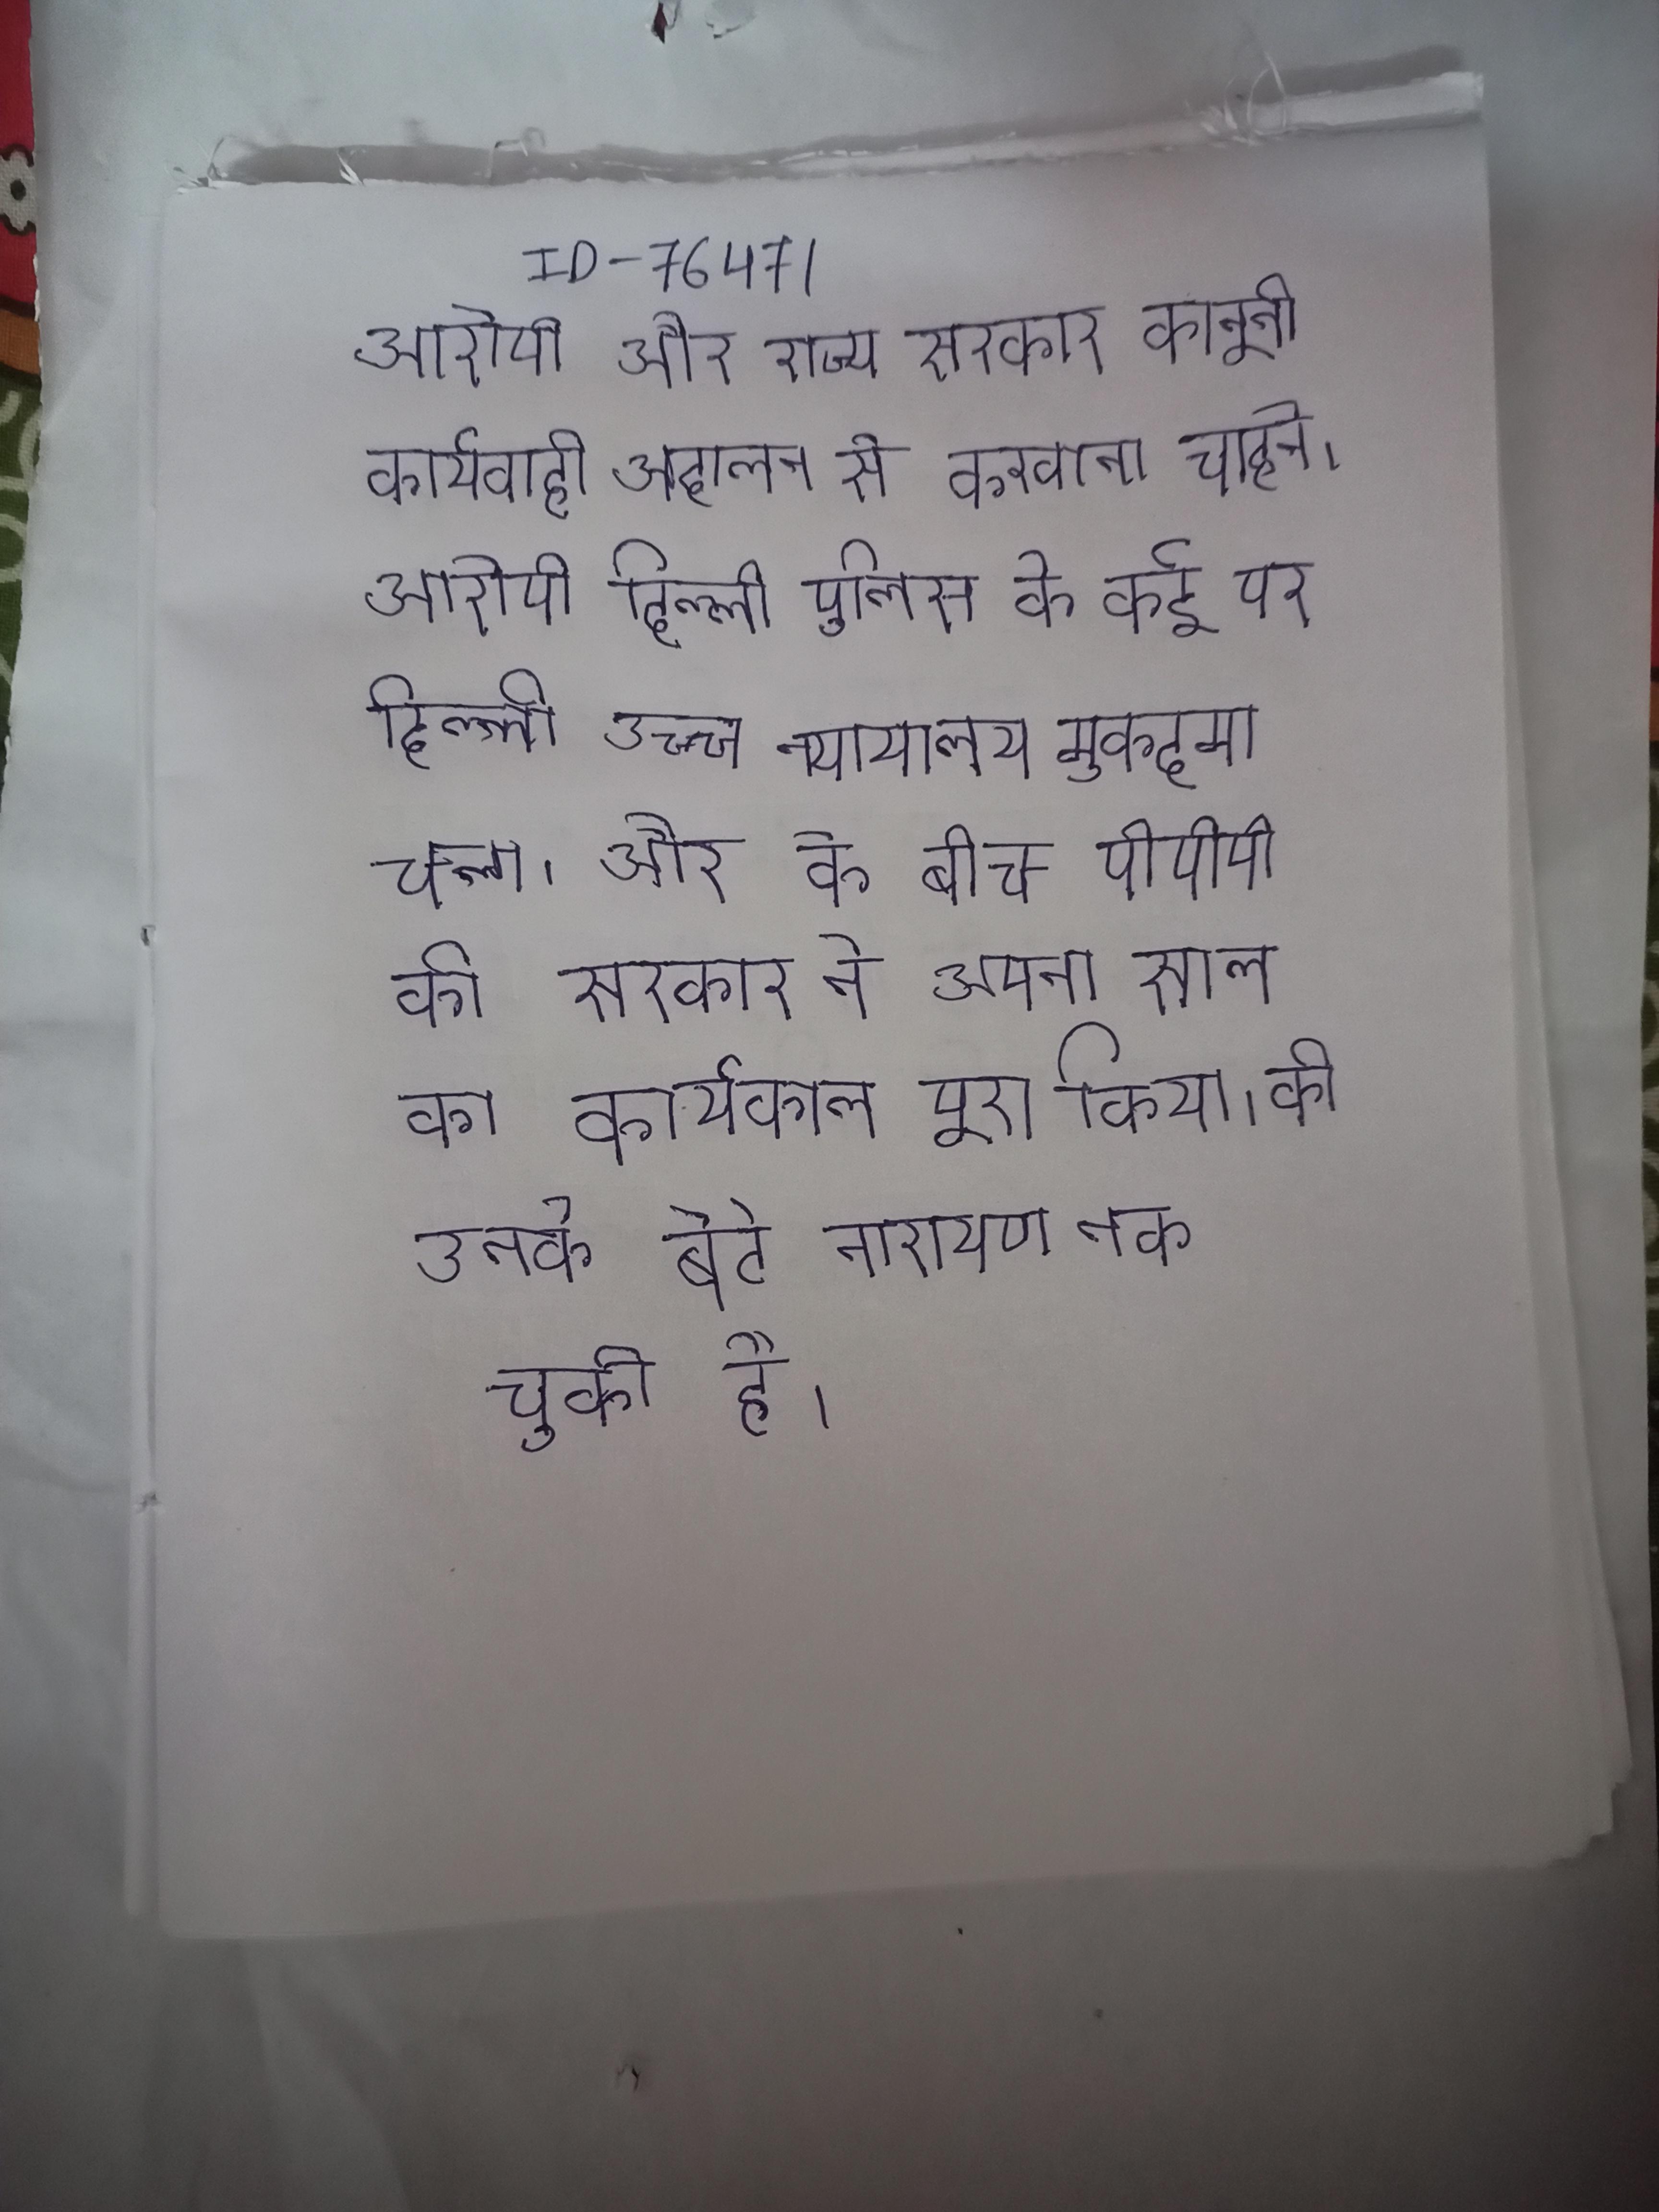
आरोपी और राज्य सरकार कानूनी कार्यवाही अदालत से करवाना चाहते । आरोपी दिल्ली पुलिस के कई पर दिल्ली उच्च न्यायालय मुकदमा चला । और के बीच पीपीपी की सरकार ने अपना साल का कार्यकाल पूरा किया । की उनके बेटे नारायण तक चुकी है ।